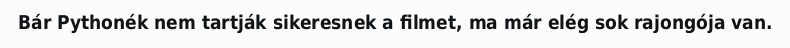
Bár Pythonék nem tartják sikeresnek a filmet, ma már elég sok rajongója van.